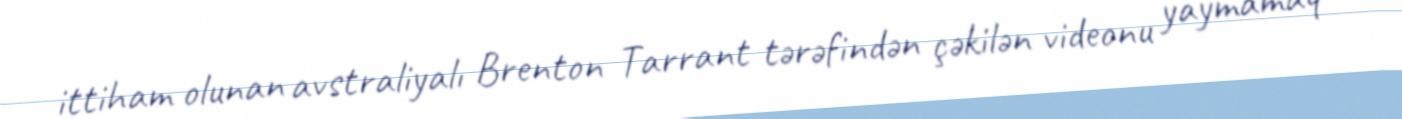
ittiham olunan avstraliyalı Brenton Tarrant tərəfindən çəkilən videonu yaymamaq